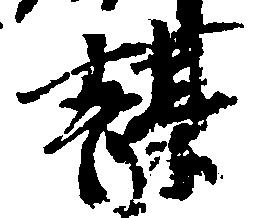
謀